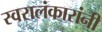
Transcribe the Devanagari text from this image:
स्वरालंकारांनी